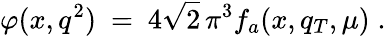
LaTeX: \varphi(x,q^{2})\ =\ 4\sqrt 2\, \pi^{3}f_{a}(x,q_{T},\mu)\; .